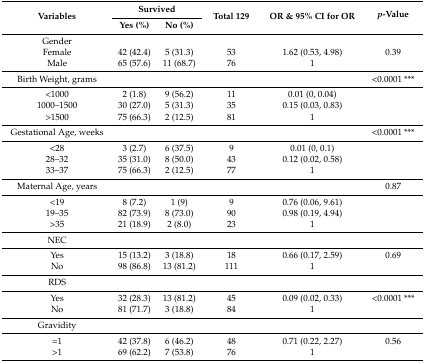
<table><thead><tr><td rowspan="2"><b>Variables</b></td><td colspan="2"><b>Survived</b></td><td rowspan="2"><b>Total 129</b></td><td rowspan="2"><b>OR &amp; 95% CI for OR</b></td><td rowspan="2"><b><i>p</i>-Value</b></td></tr><tr><td><b>Yes (%)</b></td><td><b>No (%)</b></td></tr></thead><tbody><tr><td>Gender</td><td></td><td></td><td></td><td></td><td></td></tr><tr><td>Female</td><td>42 (42.4)</td><td>5 (31.3)</td><td>53</td><td>1.62 (0.53, 4.98)</td><td>0.39</td></tr><tr><td>Male</td><td>65 (57.6)</td><td>11 (68.7)</td><td>76</td><td>1</td><td></td></tr><tr><td>Birth Weight, grams</td><td></td><td></td><td></td><td></td><td>&lt;0.0001 ***</td></tr><tr><td>&lt;1000</td><td>2 (1.8)</td><td>9 (56.2)</td><td>11</td><td>0.01 (0, 0.04)</td><td></td></tr><tr><td>1000–1500</td><td>30 (27.0)</td><td>5 (31.3)</td><td>35</td><td>0.15 (0.03, 0.83)</td><td></td></tr><tr><td>&gt;1500</td><td>75 (66.3)</td><td>2 (12.5)</td><td>81</td><td>1</td><td></td></tr><tr><td>Gestational Age, weeks</td><td></td><td></td><td></td><td></td><td>&lt;0.0001 ***</td></tr><tr><td>&lt;28</td><td>3 (2.7)</td><td>6 (37.5)</td><td>9</td><td>0.01 (0, 0.1)</td><td></td></tr><tr><td>28–32</td><td>35 (31.0)</td><td>8 (50.0)</td><td>43</td><td>0.12 (0.02, 0.58)</td><td></td></tr><tr><td>33–37</td><td>75 (66.3)</td><td>2 (12.5)</td><td>77</td><td>1</td><td></td></tr><tr><td>Maternal Age, years</td><td></td><td></td><td></td><td></td><td>0.87</td></tr><tr><td>&lt;19</td><td>8 (7.2)</td><td>1 (9)</td><td>9</td><td>0.76 (0.06, 9.61)</td><td></td></tr><tr><td>19–35</td><td>82 (73.9)</td><td>8 (73.0)</td><td>90</td><td>0.98 (0.19, 4.94)</td><td></td></tr><tr><td>&gt;35</td><td>21 (18.9)</td><td>2 (8.0)</td><td>23</td><td>1</td><td></td></tr><tr><td>NEC</td><td></td><td></td><td></td><td></td><td></td></tr><tr><td>Yes</td><td>15 (13.2)</td><td>3 (18.8)</td><td>18</td><td>0.66 (0.17, 2.59)</td><td>0.69</td></tr><tr><td>No</td><td>98 (86.8)</td><td>13 (81.2)</td><td>111</td><td>1</td><td></td></tr><tr><td>RDS</td><td></td><td></td><td></td><td></td><td></td></tr><tr><td>Yes</td><td>32 (28.3)</td><td>13 (81.2)</td><td>45</td><td>0.09 (0.02, 0.33)</td><td>&lt;0.0001 ***</td></tr><tr><td>No</td><td>81 (71.7)</td><td>3 (18.8)</td><td>84</td><td>1</td><td></td></tr><tr><td>Gravidity</td><td></td><td></td><td></td><td></td><td></td></tr><tr><td>=1</td><td>42 (37.8)</td><td>6 (46.2)</td><td>48</td><td>0.71 (0.22, 2.27)</td><td>0.56</td></tr><tr><td>&gt;1</td><td>69 (62.2)</td><td>7 (53.8)</td><td>76</td><td>1</td><td></td></tr></tbody></table>